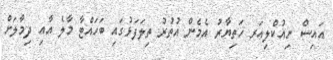
އައިސް ނިއުކްލިއަރ ހަތިޔާރު އެމެން އުތުރު ތިލަފަޅުގައި ބަހައްޓާ މާލެ އާއި ދިމާލަށް